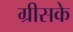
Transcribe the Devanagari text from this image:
ग्रीसके